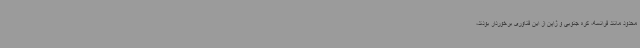
محدود مانند فرانسه، کره جنوبی و ژاپن از این فناوری برخوردار بودند،